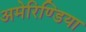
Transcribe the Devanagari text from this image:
अमेरिण्डिया